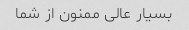
بسیار عالی ممنون از شما